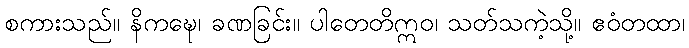
စကားသည်။ နိကဍ္ဎေ၊ ခဏခြင်း။ ပါတေတိဣဝ၊ သတ်သကဲ့သို့။ ဧဝံတထာ၊